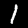
Label: 1